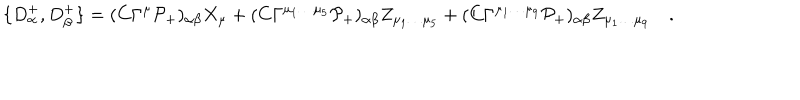
\{ D _ { \alpha } ^ { + } , D _ { \beta } ^ { + } \} = ( C \Gamma ^ { \mu } \mathcal { P } _ { + } ) _ { \alpha \beta } X _ { \mu } + ( C \Gamma ^ { \mu _ { 1 } \dots \mu _ { 5 } } \mathcal { P } _ { + } ) _ { \alpha \beta } Z _ { \mu _ { 1 } \dots \mu _ { 5 } } + ( C \Gamma ^ { \mu _ { 1 } \dots \mu _ { 9 } } \mathcal { P } _ { + } ) _ { \alpha \beta } Z _ { \mu _ { 1 } \dots \mu _ { 9 } } \quad .